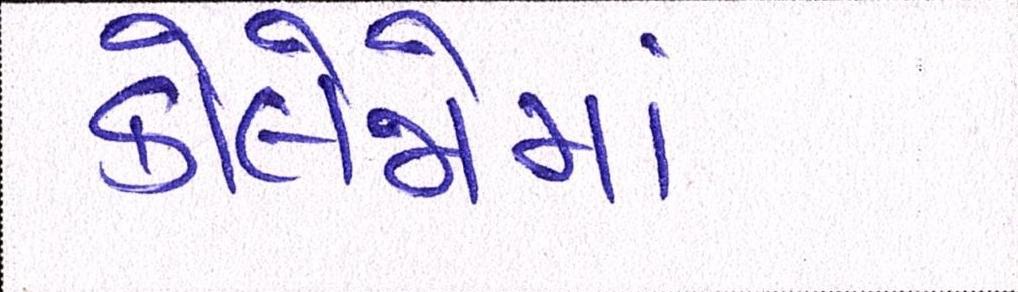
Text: કોલેજોમાં